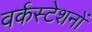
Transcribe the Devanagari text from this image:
वर्कस्टेशनों